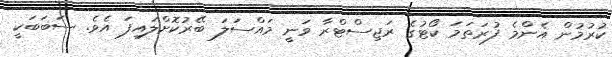
ކުރުމުން އެންމެ ފުރަތަމަ ކޯޓުގެ ރަޖިސްޓްރާ ވަނީ މައްސަލަ ބޭރުކޮށްލައިފަ އެވެ. ސަބަބަކީ